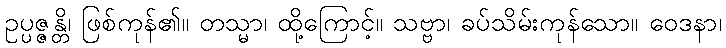
ဥပ္ပဇ္ဇန္တိ၊ ဖြစ်ကုန်၏။ တသ္မာ၊ ထို့ကြောင့်။ သဗ္ဗာ၊ ခပ်သိမ်းကုန်သော။ ဝေဒနာ၊